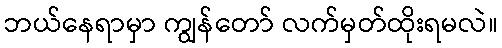
ဘယ်နေရာမှာ ကျွန်တော် လက်မှတ်ထိုးရမလဲ။